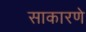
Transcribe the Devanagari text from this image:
साकारणे